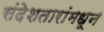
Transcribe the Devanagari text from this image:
संदेशतारांमधून